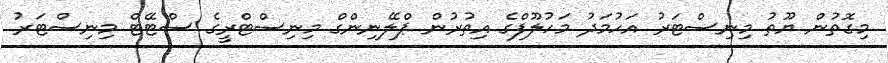
މިގޮތުން ޔޫތު މިނިސްޓަރު އަހުމަދު މަހުލޫފްގެ އިތުރުން ޕްލޭނިންގް މިނިސްޓްރީގެ ސްޓޭޓް މިނިސްޓަރު